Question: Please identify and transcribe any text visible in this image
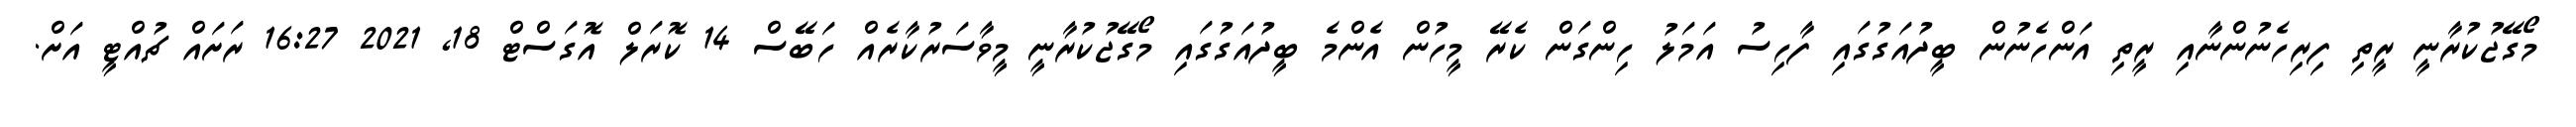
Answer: މޯގޭޖުކުރާނީ ރީތި ފިރިހެނުންނާއި ރީތި އަންހެނުން ބީދުއަގުގައި ފާހިސު އަމަލު ހިންގަން ކެރޭ މީހުން އެންމެ ބީދުއަގުގައި މޯގޭޖުކުރާނީ މީވާސަރުކާރެއް ހަބޭސް 14 ކޮރަލް އޮގަސްޓް 18, 2021 16:27 ރަށައް ޗުއްޓީ އަށް.